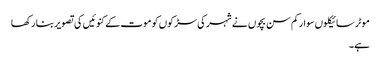
موٹر سائیکلوں سوارکم سن بچوں نے شہر کی سڑکوں کو موت کے کنوئیں کی تصویر بنا رکھا
ہے۔